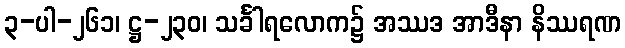
၃-ပါ-၂၆၁၊ ဋ္ဌ-၂၃၀၊ သင်္ခါရလောက၌ အဿဒ အာဒီနာ နိဿရဏ